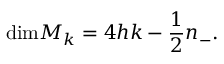
\mathrm { d i m } { \cal M } _ { k } = 4 h k - { \frac { 1 } { 2 } } n _ { - } .